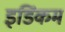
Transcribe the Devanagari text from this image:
इडिंकम